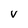
Character: v